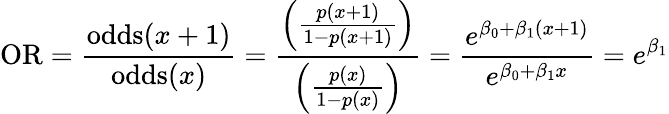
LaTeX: \mathrm{OR}={\frac{\operatorname{odds}(x+1)}{\operatorname{odds}(x)}}={\frac{\left({\frac{p(x+1)}{1-p(x+1)}}\right)}{\left({\frac{p(x)}{1-p(x)}}\right)}}={\frac{e^{\beta_{0}+\beta_{1}(x+1)}}{e^{\beta_{0}+\beta_{1}x}}}=e^{\beta_{1}}